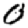
Digit: 0